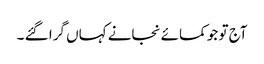
آج تو جو کمائے نجانے کہاں گرا گئے ۔